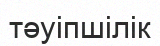
тәуіпшілік